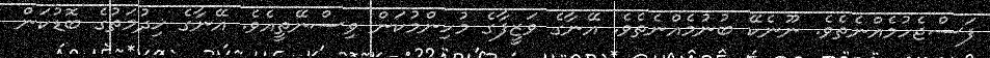
ފަސްޖެހުމެއްނެތެވެ. ނޫނެކޭ ބުނުމެއްނެތެވެ. އޭނާގެ ވަޒީފާގެ މުހިންމުކަން ވިސްނޭތީއެވެ. އޭނާގެ ޚިދުމަތުގެ ބޮޑުކަން